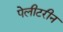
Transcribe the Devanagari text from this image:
पेलीटरीन